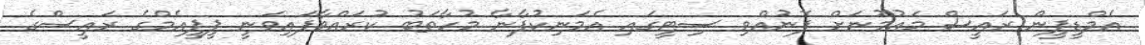
އެމްޑީޕީން ރައީސް މައުމޫނަށް ފޮނުއްވި ސިޓީގައި އެމަނިކުފާނާ މުހާތަބު ކުރައްވާފައިވަނީ ޕީޕީއެމްގެ ރައީސްގެ